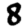
Digit: 8